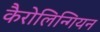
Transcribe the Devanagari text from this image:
कैरोलिन्गियन